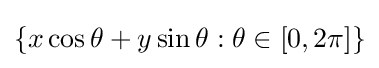
{\textstyle \{x\cos \theta +y\sin \theta :\theta \in [0,2\pi ]\}}